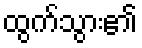
ထွက်သွား၏